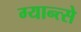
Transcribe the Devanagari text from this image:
ग्यान्त्से